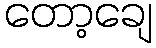
တော့ချေ